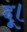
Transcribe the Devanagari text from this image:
दू।